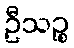
ဦသဉ္စ